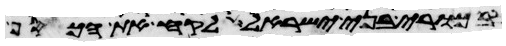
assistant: בכורי בני ישראל לקח את הכסף